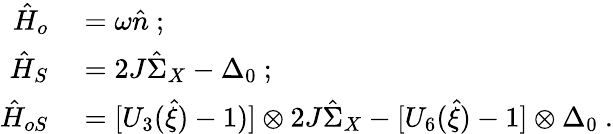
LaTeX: \begin{array}{rl}{\hat{H}_{o}}&{{}=\omega\hat{n}\ ;}\\ {\hat{H}_{S}}&{{}=2J\hat{\Sigma}_{X}-\Delta_{0}\ ;}\\ {\hat{H}_{oS}}&{{}=[U_{3}(\hat{\xi})-1)]\otimes 2J\hat{\Sigma}_{X}-[U_{6}(\hat{\xi})-1]\otimes\Delta_{0}\ .}\end{array}